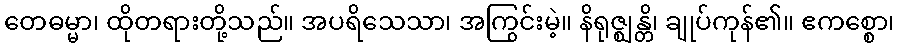
တေဓမ္မာ၊ ထိုတရားတို့သည်။ အပရိသေသာ၊ အကြွင်းမဲ့။ နိရုဇ္ဈန္တိ၊ ချုပ်ကုန်၏။ ဧကစ္စော၊